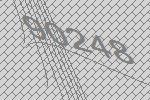
90248